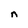
Character: n